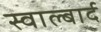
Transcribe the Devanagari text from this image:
स्वाल्बार्द